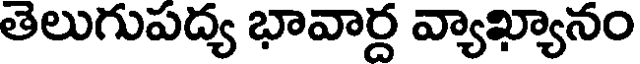
తెలుగుపద్య భావార్ద వ్యాఖ్యానం